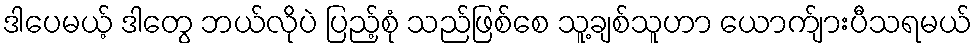
ဒါပေမယ့် ဒါတွေ ဘယ်လိုပဲ ပြည့်စုံ သည်ဖြစ်စေ သူ့ချစ်သူဟာ ယောက်ျားပီသရမယ်